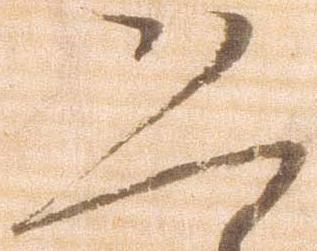
恐